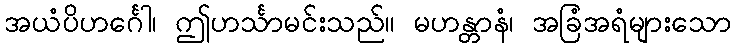
အယံပိဟင်္ဂေါ၊ ဤဟင်္သာမင်းသည်။ မဟန္တာနံ၊ အခြံအရံများသော